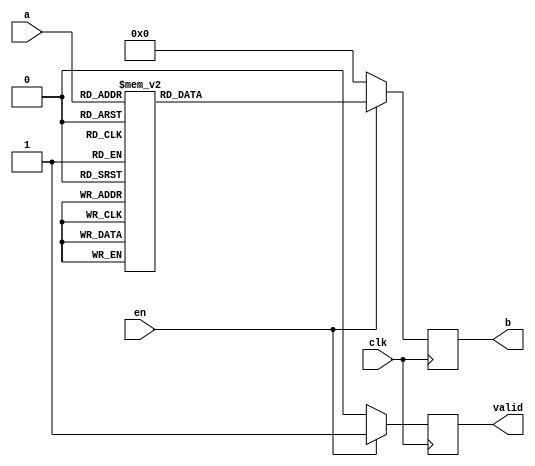
`timescale 1ns / 1ps
//////////////////////////////////////////////////////////////////////////////////
// Company: 
// Engineer: 
// 
// Design Name: 
// Module Name: NibbleSub
// Project Name: 
// Target Devices: 
// Tool Versions: 
// Description: 
// 
// Dependencies: 
// 
// Revision:
// Revision 0.01 - File Created
// Additional Comments:
// 
//////////////////////////////////////////////////////////////////////////////////


module NibbleSub(
    input [3:0] a,
    input clk,
    input en,
    output reg valid,
    output reg [3:0] b
    );
    always@(posedge clk)
        begin
// if enable =1 use rom design 
            if (en) begin 
                case (a)
                    4'b0000: b <= 4'b1110;
                    4'b0001: b <= 4'b0100;
                    4'b0010: b <= 4'b1101;
                    4'b0011: b <= 4'b0001;
                    4'b0100: b <= 4'b0010;
                    4'b0101: b <= 4'b1111;
                    4'b0110: b <= 4'b1011;
                    4'b0111: b <= 4'b1000; 
                    4'b1000: b <= 4'b0011;
                    4'b1001: b <= 4'b1010;
                    4'b1010: b <= 4'b0110;
                    4'b1011: b <= 4'b1100;
                    4'b1100: b <= 4'b0101;
                    4'b1101: b <= 4'b1001;
                    4'b1110: b <= 4'b0000;
                    4'b1111: b <= 4'b0111;
                    default: b <= 4'b0000; 
            endcase
            valid <= 1'b1;
         end
         else begin 
         b <= 4'b0000;
         valid <= 1'b0;
         end
          
        end
endmodule